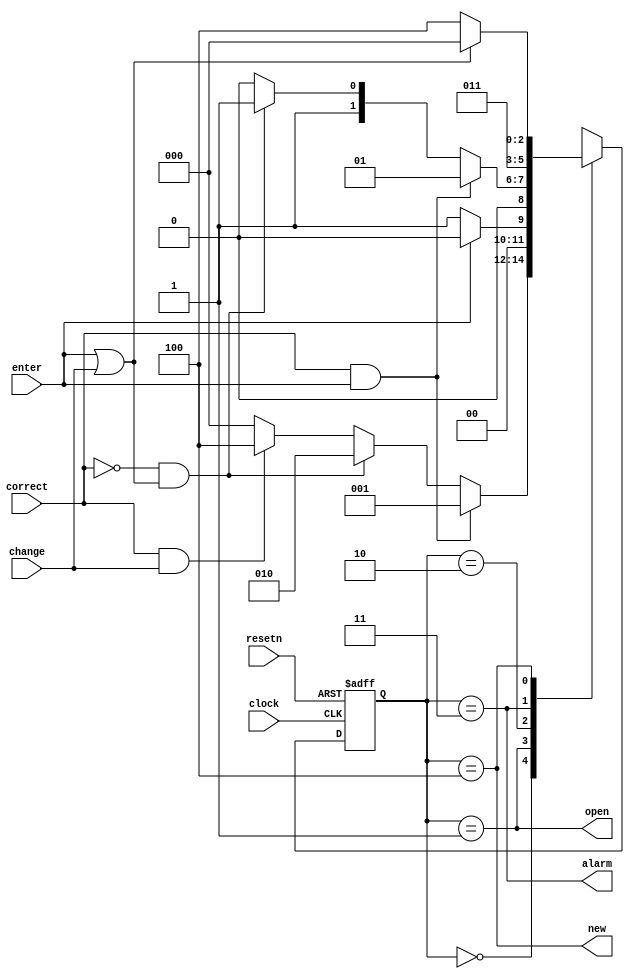
module combinationLock(correct, clock, enter, change, resetn, alarm, new, open);

	input clock, resetn, enter, change, correct;
	output alarm, new, open;
	
	reg[2:0] y, Y;
	
	parameter A = 3'b000, B = 3'b001, C = 3'b010, D = 3'b011, E = 3'b100;  
	
	always @(y, enter, change, correct)
	begin
		case(y)
			A: if (correct == 1 & enter == 1) Y = B;
				else if (correct == 0 & (enter == 1 | change == 1)) Y = C;
				else if (correct == 1 & change == 1) Y = E;
				else Y = A;
			B: if (enter == 1) Y = A;
				else Y = B;
			C: if (correct == 1 & enter == 1) Y = B;
				else if (correct == 0 & (enter == 1 | change == 1)) Y = D;
				else Y = C;
			D: Y = D;
			E: if (enter == 1 | change == 1)
					Y = A;
				else Y = E;
			default: Y = 3'bxxx;
		endcase
	end
	
	always @(posedge clock, negedge resetn)
	begin
		if (resetn == 0)
			y <= A;
		else 
			y <= Y;
	end

	assign open = (y == B);
	assign new = (y == E);
	assign alarm = (y == D);
	
endmodule